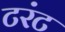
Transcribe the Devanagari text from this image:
टरंट